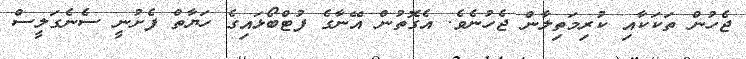
ޖެހުން ތަކަކާއި ކުރިމަތިލާން ޖެހުނެވެ. އެގޮތުން އޭނާގެ ފުޓްބޯޅައިގެ ހަޔާތް ފެށުނީ ސެނެގަލީސް